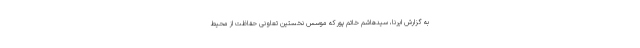
به گزارش ایرنا، سیدهاشم خاتم پور که موسس نخستین تعاونی حفاظت از محیط